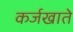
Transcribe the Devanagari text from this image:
कर्जखाते